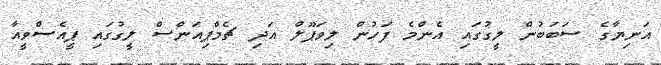
އަނިޔާގެ ސަބަބުން ލީގުގައި އެންމެ ފަހުން ލިވަޕޫލް އަދި ޗެމްޕިއަންސް ލީގުގައި ޕީއެސްވީއާ